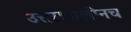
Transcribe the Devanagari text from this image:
उत्तरकालीनच